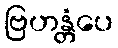
ဗြဟန္တံပေ